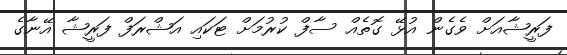
ފަރީޝާއަށް ވެގެން އުޅޭ ގޮތެއް ސާފް ކުރުމަށް ޓަކައި އަޝްރަފް ފަރީޝާ އޭނާގެ